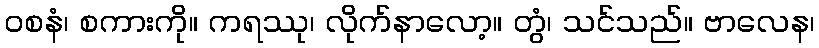
ဝစနံ၊ စကားကို။ ကရဿု၊ လိုက်နာလော့။ တွံ၊ သင်သည်။ ဗာလေန၊